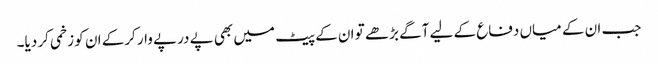
جب ان کے میاں دفاع کے لیے آگے بڑھے تو ان کے پیٹ میں بھی پے درپے وار کرکے ان کو زخمی کر دیا۔